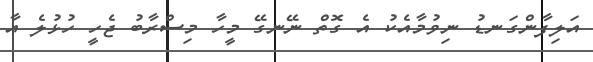
އަލިފާންގަނޑު ނިވުމާއެކު އެ ގޮތް ނޭނގޭ މީހާ މިސްރާބު ޖެހީ ހުޅުލެ އާ